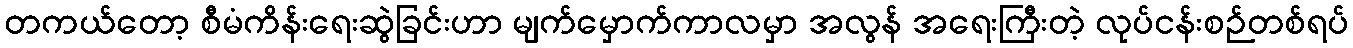
တကယ်တော့ စီမံကိန်းရေးဆွဲခြင်းဟာ မျက်မှောက်ကာလမှာ အလွန် အရေးကြီးတဲ့ လုပ်ငန်းစဉ်တစ်ရပ်